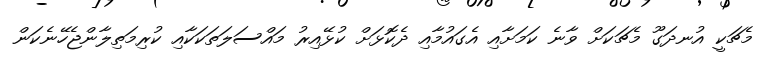
މެޗަކީ އުނދަގޫ މެޗަކަށް ވާނެ ކަމަށާއި އެގައުމާއި ދެކޮޅަށް ކުޅޭއިރު މައްސަލަތަކަކާއި ކުރިމަތިލާންޖެހޭނެކަން